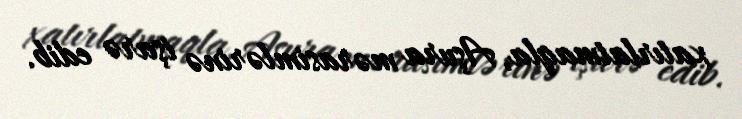
xatırlatmaqla, Aşura mərasimlərinə işarə edib.